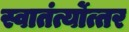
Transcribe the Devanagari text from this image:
स्वातंर्त्योत्तर